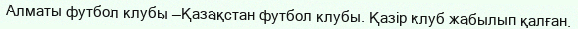
Алматы футбол клубы —Қазақстан футбол клубы. Қазір клуб жабылып қалған.